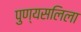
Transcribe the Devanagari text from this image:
पुण्यसलिला